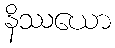
နိဿယော